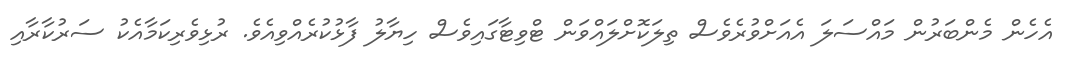
އެހެން މެންބަރުން މައްސަލަ އެއަށްވުރެވެސް ތިލަކޮށްލައްވަން ޓްވިޓާގައިވެސް ހިޔާލު ފާޅުކުރެއްވިއެވެ. ރުޅިވެރިކަމާއެކު ސަރުކާރާއި